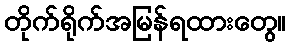
တိုက်ရိုက်အမြန်ရထားတွေ။